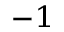
^ { - 1 }